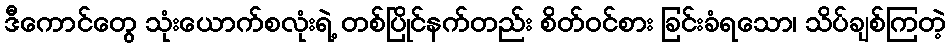
ဒီကောင်တွေ သုံးယောက်စလုံးရဲ့ တစ်ပြိုင်နက်တည်း စိတ်ဝင်စား ခြင်းခံရသော၊ သိပ်ချစ်ကြတဲ့